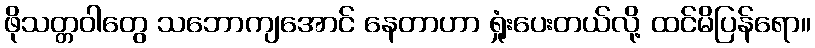
ဖိုသတ္တဝါတွေ သဘောကျအောင် နေတာဟာ ရှုံးပေးတယ်လို့ ထင်မိပြန်ရော။